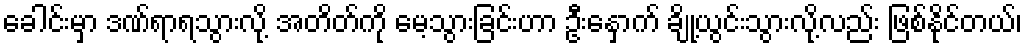
ခေါင်းမှာ ဒဏ်ရာရသွားလို့ အတိတ်ကို မေ့သွားခြင်းဟာ ဦးနှောက် ချို့ယွင်းသွားလို့လည်း ဖြစ်နိုင်တယ်၊